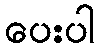
ပေးပါ